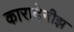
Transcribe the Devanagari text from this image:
कारादेनीझ़